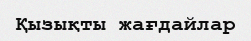
Қызықты жағдайлар